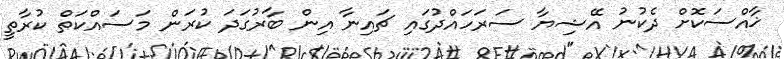
ޚާއްސަކޮށް ދެކުނު އޭޝިޔާ ސަރަހައްދުގައި ޗައިނާ އިން ބާރުގަދަ ކުރަން މަސައްކަތް ކުރާތީ